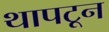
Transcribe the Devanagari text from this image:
थापटून